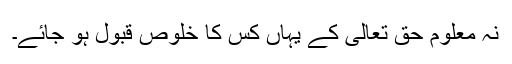
نہ معلوم حق تعالیٰ کے یہاں کس کا خلوص قبول ہو جائے۔